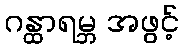
ဂန္ထာရမ္ဘ အဖွင့်